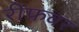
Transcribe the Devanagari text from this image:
रीफवर